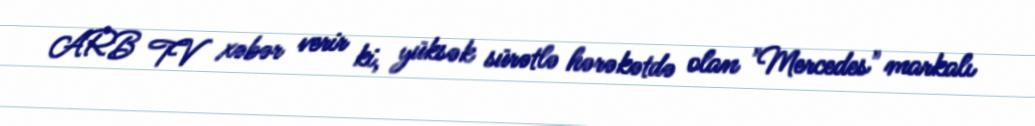
ARB TV xəbər verir ki, yüksək sürətlə hərəkətdə olan "Mercedes" markalı